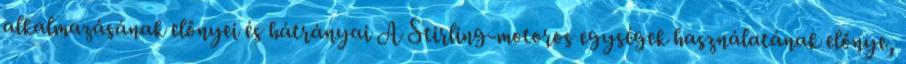
alkalmazásának előnyei és hátrányai A Stirling-motoros egységek használatának előnye,